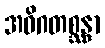
အဝိဂတစ္ဆန္ဒာ